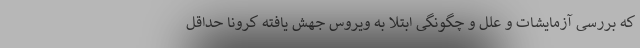
که بررسی آزمایشات و علل و چگونگی ابتلا به ویروس جهش یافته کرونا حداقل